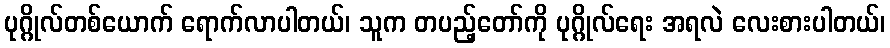
ပုဂ္ဂိုလ်တစ်ယောက် ရောက်လာပါတယ်၊ သူက တပည့်တော်ကို ပုဂ္ဂိုလ်ရေး အရလဲ လေးစားပါတယ်၊